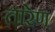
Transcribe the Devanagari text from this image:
तारेण